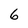
Character: 6